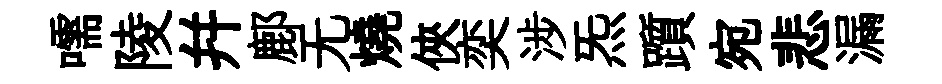
嚅陵幷鄜无燒俠奕涉炁躓宛悲漏